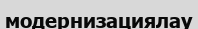
модернизациялау